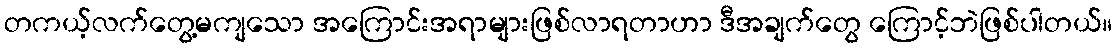
တကယ့်လက်တွေ့မကျသော အကြောင်းအရာများဖြစ်လာရတာဟာ ဒီအချက်တွေ ကြောင့်ဘဲဖြစ်ပါတယ်။